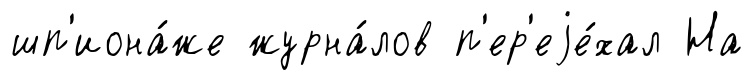
шп'иона́же журна́лов п'ер'еjе́хал На